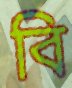
বি